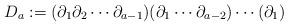
LaTeX: \begin{align*}D_a:= (\partial_1 \partial_2 \cdots \partial_{a-1})(\partial_1\cdots \partial_{a-2})\cdots (\partial_1)\end{align*}